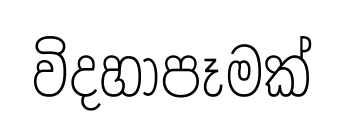
විදහාපෑමක්